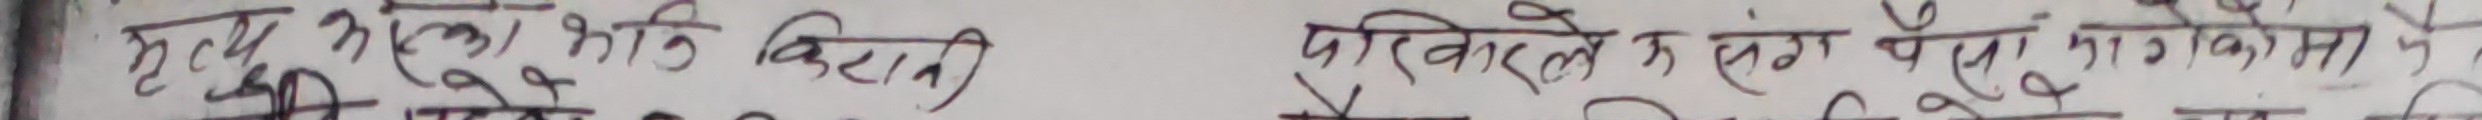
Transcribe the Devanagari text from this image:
मृत्यु भएको मिति विहानी परिपलो के संग पैसा मागको मा